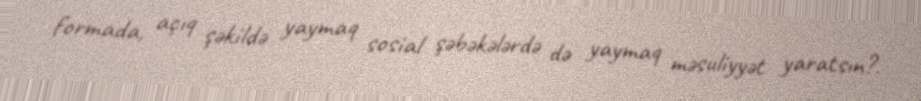
formada, açıq şəkildə yaymaq sosial şəbəkələrdə də yaymaq məsuliyyət yaratsın?.